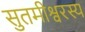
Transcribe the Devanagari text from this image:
सुतमीश्वरस्य